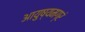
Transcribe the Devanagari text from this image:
आयुष्यमग्रं